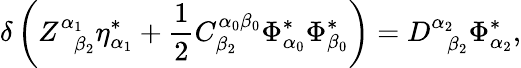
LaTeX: \delta\left(Z_{\; \; \beta_{2}}^{\alpha_{1}}\eta_{\alpha_{1}}^{*}+\frac 12C_{\beta_{2}}^{\alpha_{0}\beta_{0}}\Phi_{\alpha_{0}}^{*}\Phi_{\beta_{0}}^{*}\right)=D_{\; \; \beta_{2}}^{\alpha_{2}}\Phi_{\alpha_{2}}^{*},